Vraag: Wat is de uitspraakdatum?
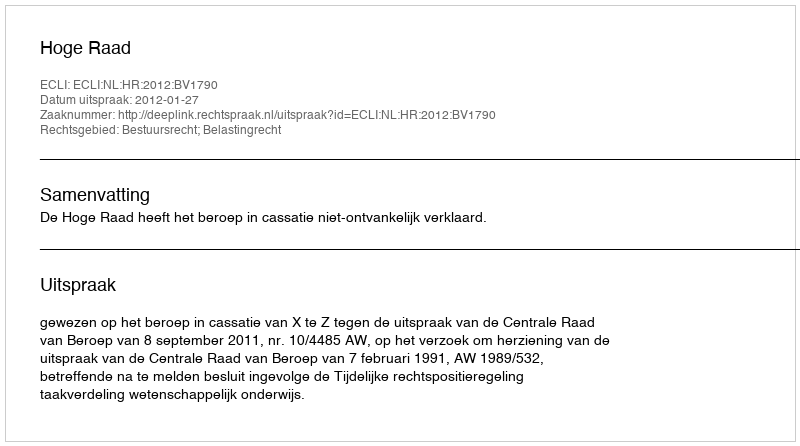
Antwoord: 2012-01-27